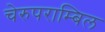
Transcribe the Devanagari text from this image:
चेरुपराम्बिल